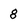
Character: 8